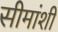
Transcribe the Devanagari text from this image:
सीमांशी